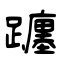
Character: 躔